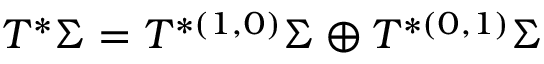
T ^ { * } \Sigma = T ^ { * ( 1 , 0 ) } \Sigma \oplus T ^ { * ( 0 , 1 ) } \Sigma